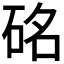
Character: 𥒊